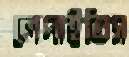
লেপাইতিস